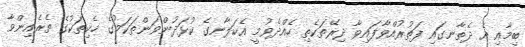
ބިމާއި އެ ދެތާނގައި ފަތުރުއްވާފައިވާ ދިރޭތަކެތި ހެއްދެވުމީ އެކަލާނގެ ކުޅަދުންވަންތަކަމުގެ ހެކިތަކުގެ ތެރެއިންވާ